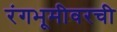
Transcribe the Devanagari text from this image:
रंगभूमीवरची